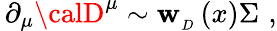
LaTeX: \, \partial_{\mu}{\calD}^{\mu}\sim\mathbf{w}_{_D}\left(x\right)\Sigma\, \, ,